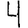
Digit: 4